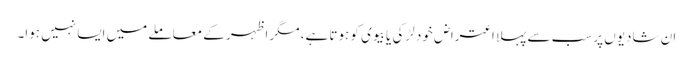
ان شادیوں پر سب سے پہلا اعتراض خود لڑکی یا بیوی کو ہوتا ہے، مگر اظہر کے معاملے میں ایسا نہیں ہوا۔